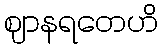
ဈာနရတေဟိ